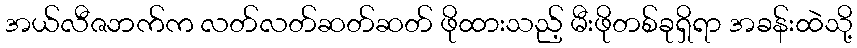
အယ်လီဇဘက်က လတ်လတ်ဆတ်ဆတ် ဖိုထားသည့် မီးဖိုတစ်ခုရှိရာ အခန်းထဲသို့